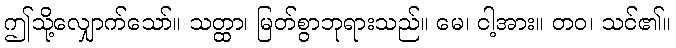
ဤသို့လျှောက်သော်။ သတ္ထာ၊ မြတ်စွာဘုရားသည်။ မေ၊ ငါ့အား။ တဝ၊ သင်၏။